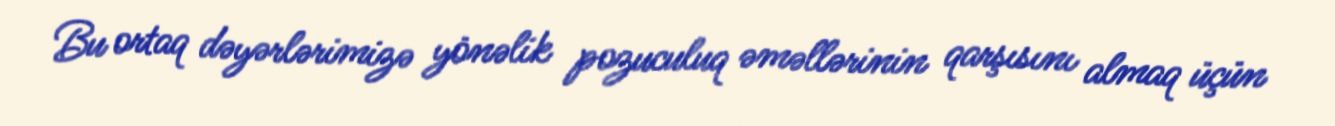
Bu ortaq dəyərlərimizə yönəlik pozuculuq əməllərinin qarşısını almaq üçün